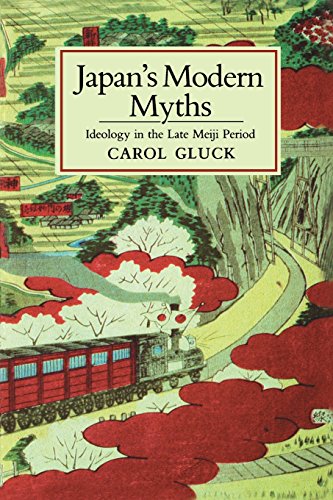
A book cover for Japan's Modern Myths; Carol Gluck; Literature & Fiction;